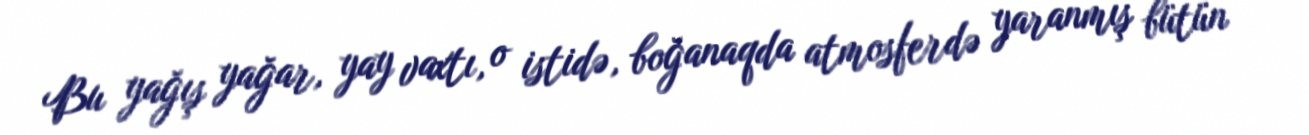
Bu yağış yağar, yay vaxtı, o istidə, boğanaqda atmosferdə yaranmış bütün